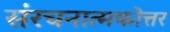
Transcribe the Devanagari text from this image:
संरचनात्मकोत्तर